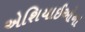
એશિયાઈઓના